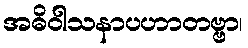
အဓိဝါသနာပဟာတဗ္ဗာ၊